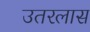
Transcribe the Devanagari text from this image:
उतरलास